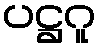
ပဋ္ဌဂူ